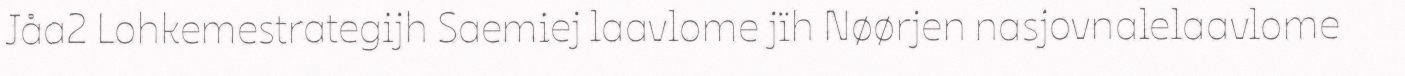
Jåa2 Lohkemestrategijh Saemiej laavlome jïh Nøørjen nasjovnalelaavlome